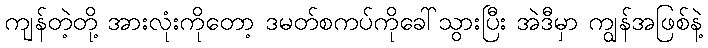
ကျန်တဲ့တို့ အားလုံးကိုတော့ ဒမတ်စကပ်ကိုခေါ်သွားပြီး အဲဒီမှာ ကျွန်အဖြစ်နဲ့